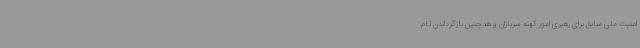
امنیت ملی سابق برای رهبری امور کهنه سربازان و همچنین بازگرداندن تام